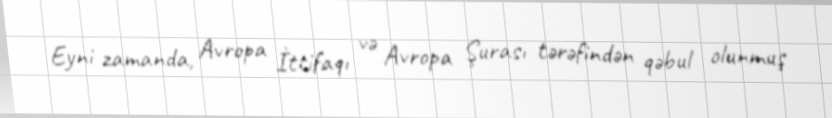
Eyni zamanda, Avropa İttifaqı və Avropa Şurası tərəfindən qəbul olunmuş